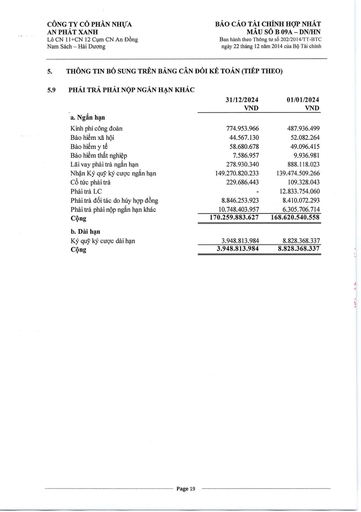
||31/12/2024 VND|01/01/2024 VND| |---|---|---| |a. Ngắn hạn||| |Kinh phí công đoàn|774.953.966|487.936.499| |Bảo hiểm xã hội|44.567.130|52.082.264| |Bảo hiểm y tế|58.680.678|49.096.415| |Bảo hiểm thất nghiệp|7.586.957|9.936.981| |Lãi vay phải trả ngắn hạn|278.930.340|888.118.023| |Nhận Ký quỹ ký cước ngắn hạn|149.270.820.233|139.474.509.266| |Cổ tức phải trả|229.686.443|109.328.043| |Phải trả LC||12.833.754.060| |Phải trả đối tác do hủy hợp đồng|8.846.253.923|8.410.072.293| |Phải trả phải nộp ngắn hạn khác|10.748.403.957|6.305.706.714| |Cộng|170.259.883.627|168.620.540.558| |b. Dài hạn||| |Ký quỹ ký cước dài hạn|3.948.813.984|8.828.368.337| |Cộng|3.948.813.984|8.828.368.337|